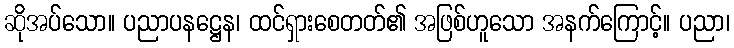
ဆိုအပ်သော။ ပညာပနဋ္ဌေန၊ ထင်ရှားစေတတ်၏ အဖြစ်ဟူသော အနက်ကြောင့်။ ပညာ၊